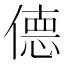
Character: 𫣜